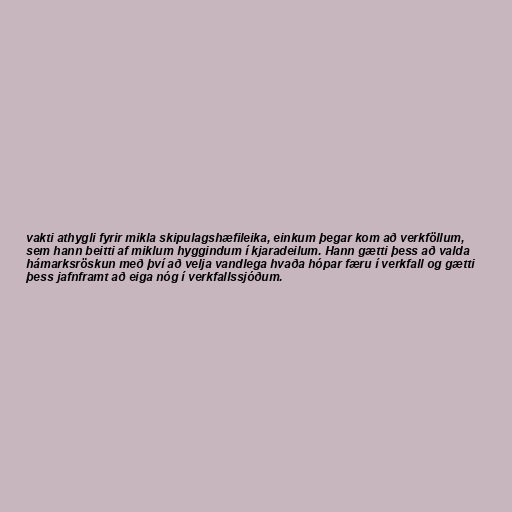
vakti athygli fyrir mikla skipulagshæfileika, einkum þegar kom að verkföllum,
sem hann beitti af miklum hyggindum í kjaradeilum. Hann gætti þess að valda
hámarksröskun með því að velja vandlega hvaða hópar færu í verkfall og gætti
þess jafnframt að eiga nóg í verkfallssjóðum.